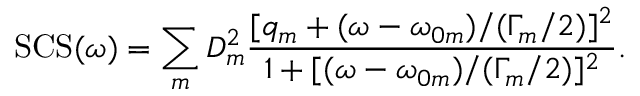
\mathrm { S C S } ( \omega ) = \sum _ { m } D _ { m } ^ { 2 } \frac { [ q _ { m } + ( \omega - \omega _ { 0 m } ) / ( \Gamma _ { m } / 2 ) ] ^ { 2 } } { 1 + [ ( \omega - \omega _ { 0 m } ) / ( \Gamma _ { m } / 2 ) ] ^ { 2 } } .